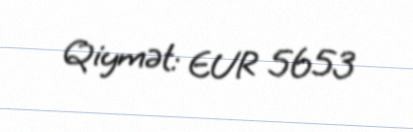
Qiymət: EUR 5653